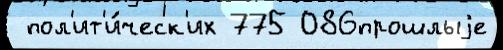
 пол'ит'и́ческ'их 775 086прошлыjе